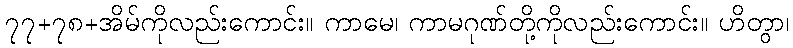
၇၇+၇၈+အိမ်ကိုလည်းကောင်း။ ကာမေ၊ ကာမဂုဏ်တို့ကိုလည်းကောင်း။ ဟိတွာ၊